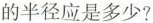
的半径应是多少?